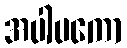
အပါပကော